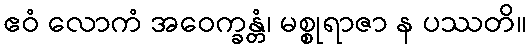
ဧဝံ လောကံ အဝေက္ခန္တံ၊ မစ္စုရာဇာ န ပဿတိ။